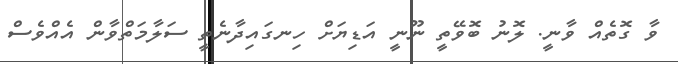
ވާ ގޮތެއް ވާނީ. ލޮނު ބޮވޭތީ ނޫނީ އަޑިޔަށް ހިނގައިދާނެތީ ސަލާމަތްވާން އެއްވެސް